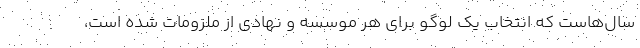
سال‌هاست که انتخاب یک لوگو برای هر موسسه و نهادی از ملزومات شده است،